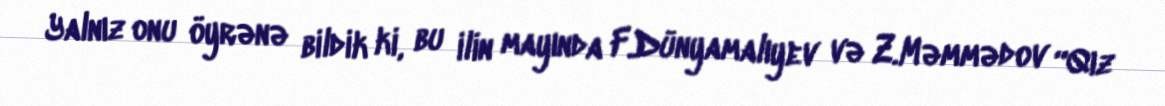
Yalnız onu öyrənə bildik ki, bu ilin mayında F.Dünyamalıyev və Z.Məmmədov “Qız